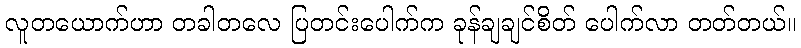
လူတယောက်ဟာ တခါတလေ ပြတင်းပေါက်က ခုန်ချချင်စိတ် ပေါက်လာ တတ်တယ်။